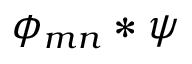
\phi _ { m n } * \psi